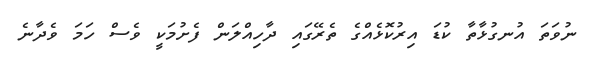
ނުވަތަ އުނގުޅާތާ ކުޑަ އިރުކޮޅެއްގެ ތެރޭގައި ދާހިއްލަން ފެށުމަކީ ވެސް ހަމަ ވެދާނެ